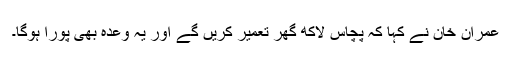
عمران خان نے کہا کہ پچاس لاکھ گھر تعمیر کریں گے اور یہ وعدہ بھی پورا ہوگا۔